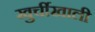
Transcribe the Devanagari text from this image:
खुर्चीखाली